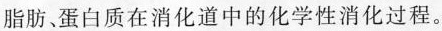
脂肪、蛋白质在消化道中的化学性消化过程。